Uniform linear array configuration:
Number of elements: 8
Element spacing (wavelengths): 0.25
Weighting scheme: uniform
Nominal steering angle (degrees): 45
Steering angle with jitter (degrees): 44.624
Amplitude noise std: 0.05
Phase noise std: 0.05

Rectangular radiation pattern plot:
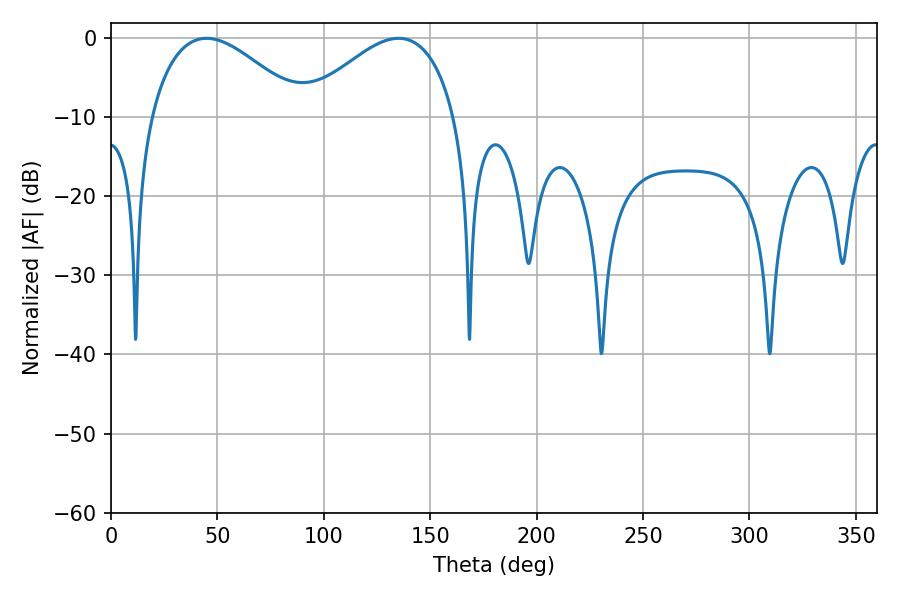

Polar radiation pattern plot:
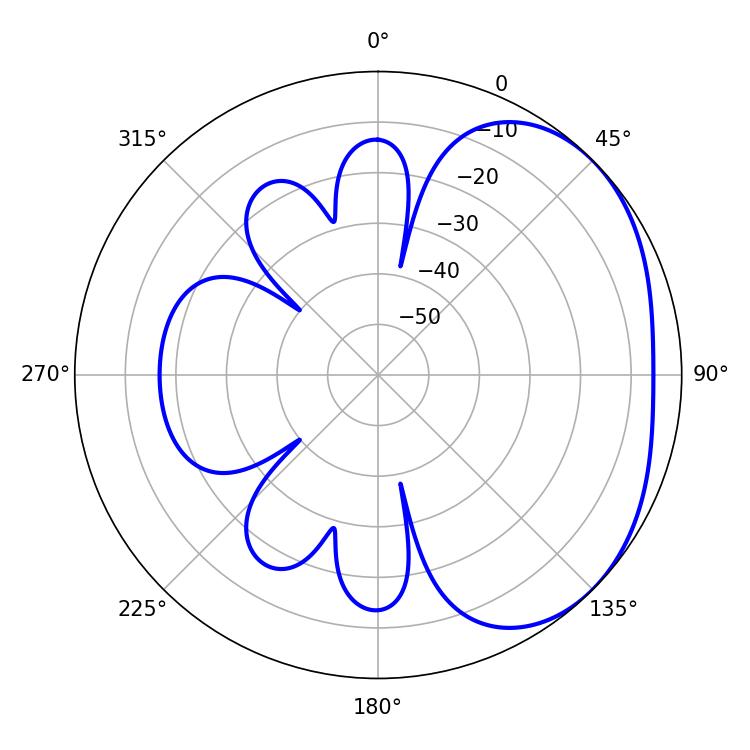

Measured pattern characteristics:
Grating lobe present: FALSE
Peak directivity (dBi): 2.684
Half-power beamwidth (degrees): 39.24
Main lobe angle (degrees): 44.82